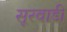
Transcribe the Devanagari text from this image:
सूरवाडी